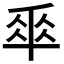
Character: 𠦬